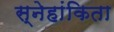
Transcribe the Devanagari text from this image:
स्नेहांकिता